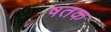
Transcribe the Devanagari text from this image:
षतक